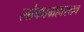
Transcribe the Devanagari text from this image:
लोकाग्रहास्तव